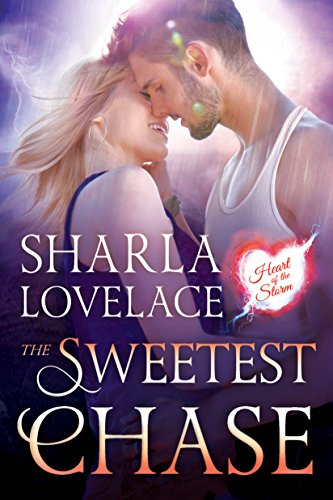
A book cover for The Sweetest Chase (Heart of the Storm); Sharla Lovelace; Romance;